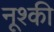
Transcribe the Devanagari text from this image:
नूश्की